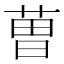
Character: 𮏥